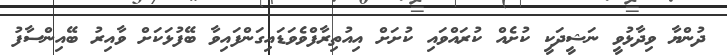
ދުންޔާ ވިދާޅުވީ ނަޝީދަކީ ކުށެއް ކުރައްވައި ކުށަށް އިއުތިރާފްވެވަޑައިގަންފައިވާ ބޭފުޅަކަށް ވާއިރު ބޭއިންސާފު